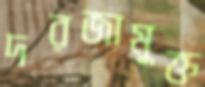
দরজামুক্ত